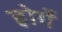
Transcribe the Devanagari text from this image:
होर्गे